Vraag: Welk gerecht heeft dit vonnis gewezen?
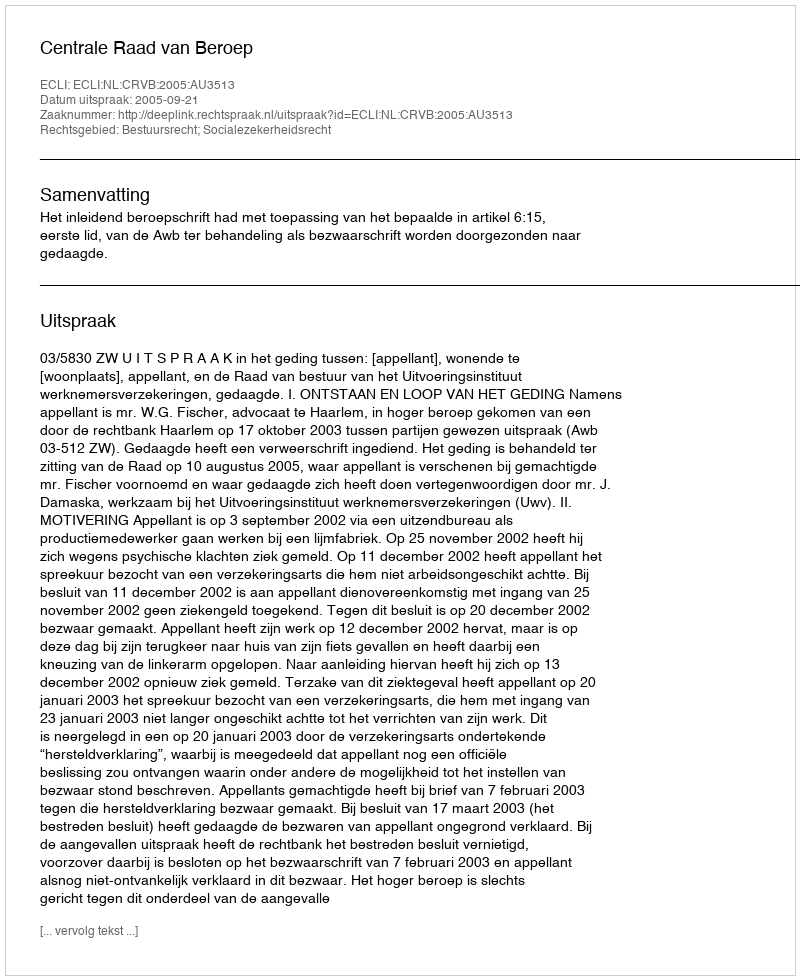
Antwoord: Centrale Raad van Beroep